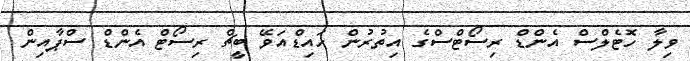
ވިލާ ހޮޓެލްސް އެންޑް ރިސޯޓްސްގެ އިތުރުން ހައިޑްއަވޭ ބީޗް ރިސޯޓް އެންޑް ސްޕާއިން